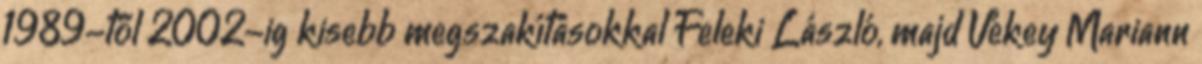
1989-től 2002-ig kisebb megszakításokkal Feleki László, majd Vékey Mariann